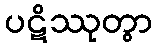
ပဋိဿုတွာ